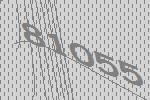
81055